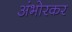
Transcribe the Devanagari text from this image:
अंभोरकर